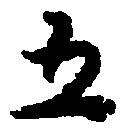
五